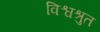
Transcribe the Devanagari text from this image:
विश्वश्रुत